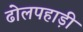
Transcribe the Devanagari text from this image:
ढोलपहाड़ी